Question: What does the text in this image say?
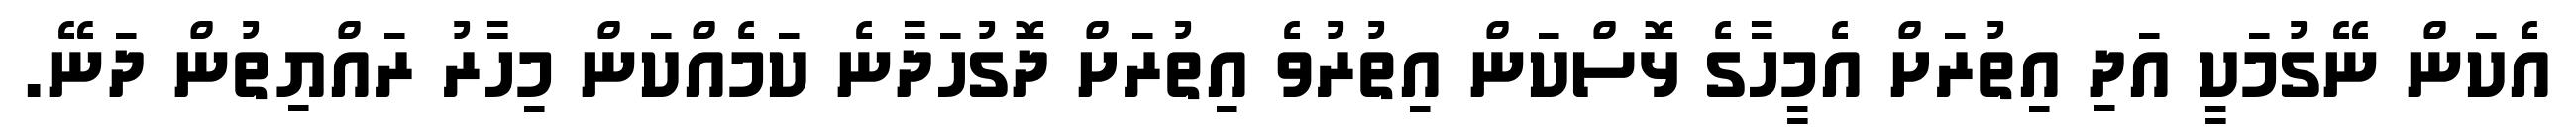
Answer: އެކަން ނޭގުމަކީ އަދި އިތުރަށް އެމީހާގެ ޅޮސްކަން އިތުރުވެ އިތުރަށް ދޮގުހަދާނެ ކަމެއްކަން މިހާރު ރައްޔިތުން ދަނޭ.